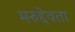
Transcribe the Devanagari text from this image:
मरुद्देवता